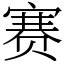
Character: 赛